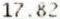
17.82